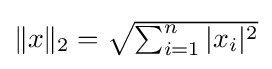
{\textstyle \|x\|_{2}={\sqrt {\sum _{i=1}^{n}|x_{i}|^{2}}}}